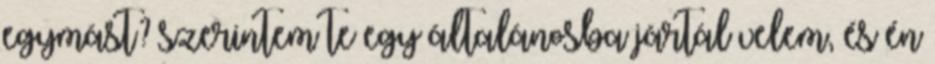
egymást? szerintem te egy általánosba jártál velem, és én